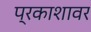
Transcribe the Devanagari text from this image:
प्रकाशावर